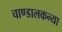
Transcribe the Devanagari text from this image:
चाण्डालकन्या